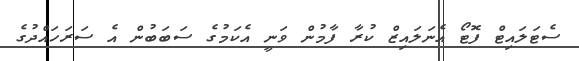
ސެޓަލައިޓް ފޮޓޯ އެނަލައިޒް ކުރާ ފާމުން ވަނީ އެކަމުގެ ސަބަބުން އެ ސަރަހައްދުގެ